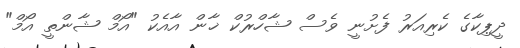
ދީޕިކާގެ ކެރިއަރު ފެށުނީ ވެސް ޝާހްރުކް ޚާން އާއެކު "އޯމް ޝާންތީ އޯމް"